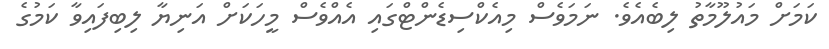
ކަމަށް މައުލޫމާތު ލިބެއެވެ. ނަމަވެސް މިއެކްސިޑެންޓްގައި އެއްވެސް މީހަކަށް އަނިޔާ ލިބިފައިވާ ކަމުގެ